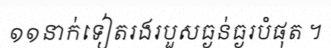
១១នាក់ទៀតរងរបួសធ្ងន់ធ្ងរបំផុត ។